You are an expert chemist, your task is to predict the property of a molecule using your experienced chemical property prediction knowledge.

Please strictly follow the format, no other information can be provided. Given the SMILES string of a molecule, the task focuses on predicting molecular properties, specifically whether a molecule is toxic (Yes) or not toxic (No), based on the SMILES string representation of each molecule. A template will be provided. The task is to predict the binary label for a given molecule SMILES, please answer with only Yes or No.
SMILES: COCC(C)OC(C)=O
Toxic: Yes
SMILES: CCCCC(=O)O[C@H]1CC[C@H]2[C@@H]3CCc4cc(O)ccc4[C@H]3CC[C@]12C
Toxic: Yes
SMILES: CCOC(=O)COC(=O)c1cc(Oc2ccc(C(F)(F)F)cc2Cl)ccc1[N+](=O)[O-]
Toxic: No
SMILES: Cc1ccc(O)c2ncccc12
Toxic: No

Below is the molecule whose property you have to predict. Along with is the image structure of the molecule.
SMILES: Cc1c(C)c2c(c(C)c1OC(=O)CCC(=O)O)CC[C@@](C)(CCC[C@H](C)CCC[C@H](C)CCCC(C)C)O2
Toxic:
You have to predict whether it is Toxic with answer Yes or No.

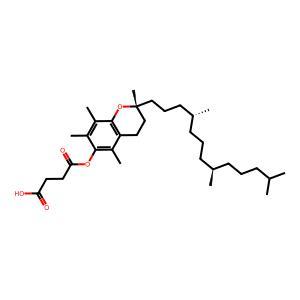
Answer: No